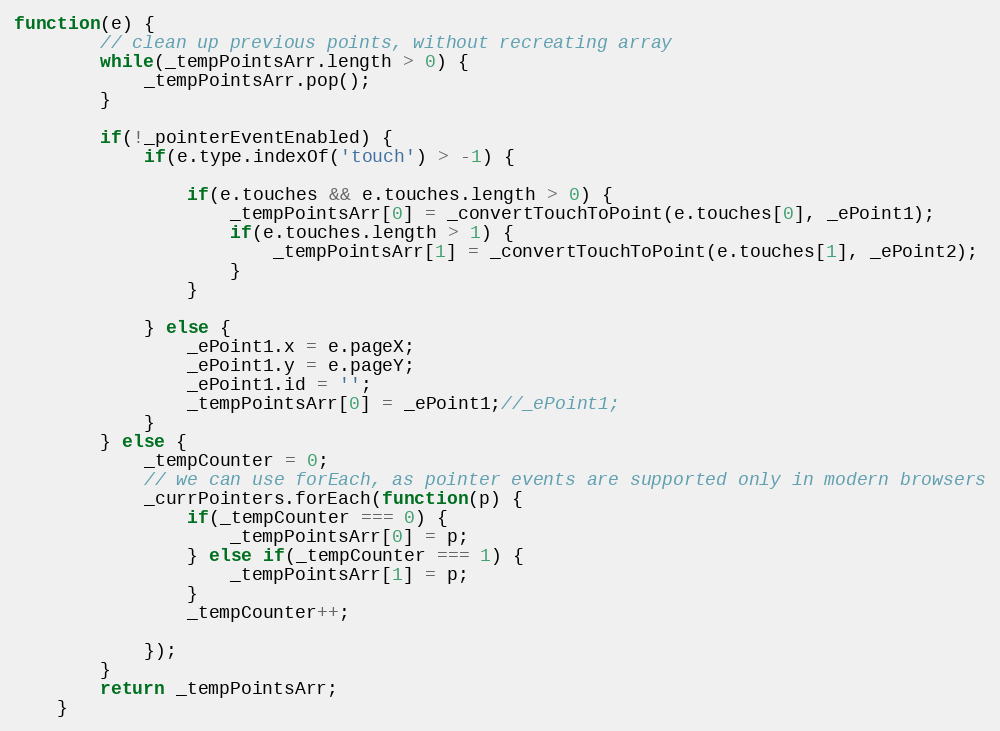
Language: JavaScript
function(e) {
		// clean up previous points, without recreating array
		while(_tempPointsArr.length > 0) {
			_tempPointsArr.pop();
		}

		if(!_pointerEventEnabled) {
			if(e.type.indexOf('touch') > -1) {

				if(e.touches && e.touches.length > 0) {
					_tempPointsArr[0] = _convertTouchToPoint(e.touches[0], _ePoint1);
					if(e.touches.length > 1) {
						_tempPointsArr[1] = _convertTouchToPoint(e.touches[1], _ePoint2);
					}
				}

			} else {
				_ePoint1.x = e.pageX;
				_ePoint1.y = e.pageY;
				_ePoint1.id = '';
				_tempPointsArr[0] = _ePoint1;//_ePoint1;
			}
		} else {
			_tempCounter = 0;
			// we can use forEach, as pointer events are supported only in modern browsers
			_currPointers.forEach(function(p) {
				if(_tempCounter === 0) {
					_tempPointsArr[0] = p;
				} else if(_tempCounter === 1) {
					_tempPointsArr[1] = p;
				}
				_tempCounter++;

			});
		}
		return _tempPointsArr;
	}